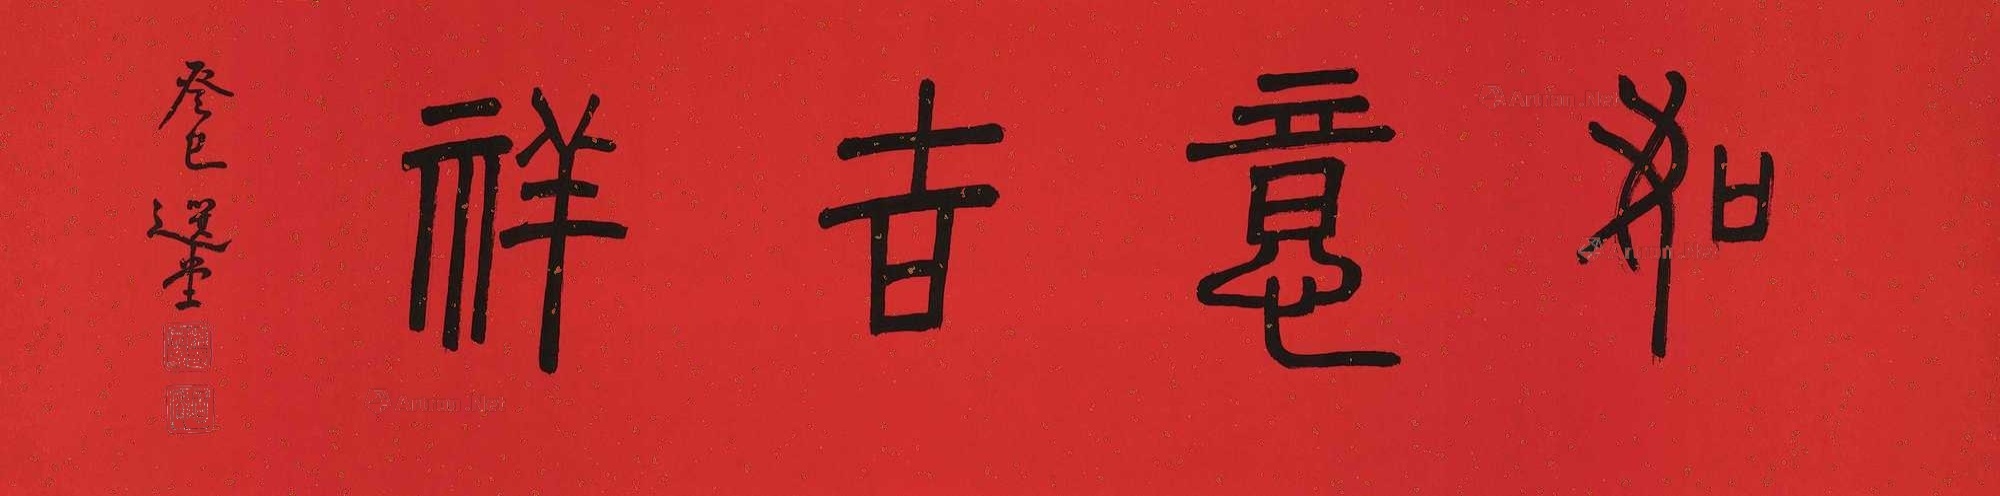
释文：如意吉祥。癸巳，选堂。